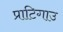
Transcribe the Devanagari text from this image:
प्राटिगाउ